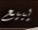
يبيع